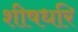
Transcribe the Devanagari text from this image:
शीषधरि